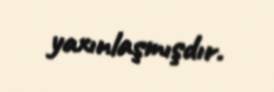
yaxınlaşmışdır.